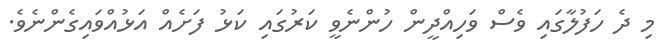
މި ދެ ހަފުލާގައި ވެސް ވަހިއްދީން ހުންނެވީ ކަރުގައި ކަޅު ފަށެއް އަޅުއްވައިގެންނެވެ.